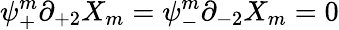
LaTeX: \psi_{+}^{m}\partial_{+2}X_{m}=\psi_{-}^{m}\partial_{-2}X_{m}=0